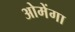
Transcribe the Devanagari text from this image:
ओमेंगा